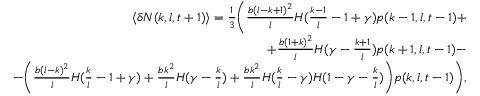
\begin{array} { r } { \langle \delta N ( k , l , t + 1 ) \rangle = \frac { 1 } { 3 } \Bigg ( \frac { b ( l - k + 1 ) ^ { 2 } } { l } H ( \frac { k - 1 } { l } - 1 + \gamma ) p ( k - 1 , l , t - 1 ) + } \\ { + \frac { b ( 1 + k ) ^ { 2 } } { l } H ( \gamma - \frac { k + 1 } { l } ) p ( k + 1 , l , t - 1 ) - } \\ { - \bigg ( \frac { b ( l - k ) ^ { 2 } } { l } H ( \frac { k } { l } - 1 + \gamma ) + \frac { b k ^ { 2 } } { l } H ( \gamma - \frac { k } { l } ) + \frac { b k ^ { 2 } } { l } H ( \frac { k } { l } - \gamma ) H ( 1 - \gamma - \frac { k } { l } ) \bigg ) p ( k , l , t - 1 ) \Bigg ) , } \end{array}